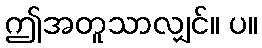
ဤအတူသာလျှင်။ ပ။